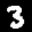
Label: 3